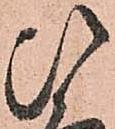
ひ